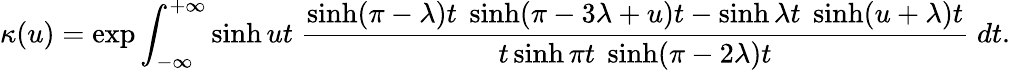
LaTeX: \kappa(u)=\exp\int_{-\infty}^{+\infty}\sinh ut\; \frac{\sinh(\pi-\lambda)t\; \sinh(\pi-3\lambda+u)t-\sinh\lambda t\; \sinh(u+\lambda)t}{t\sinh\pi t\; \sinh(\pi-2\lambda)t}\; dt.